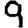
Digit: 9